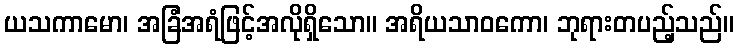
ယသကာမော၊ အခြံအရံဖြင့်အလိုရှိသော။ အရိယသာဝကော၊ ဘုရားတပည့်သည်။